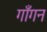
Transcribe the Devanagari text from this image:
गाँगन